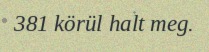
381 körül halt meg.